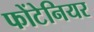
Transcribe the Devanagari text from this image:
फोंटेनियर